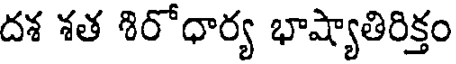
దశ శత శిరోధార్య భాష్యాతిరిక్తం